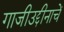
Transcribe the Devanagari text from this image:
गाजीउद्दीनाचें